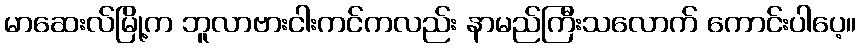
မာဆေးလ်မြို့က ဘူလာဗားငါးကင်ကလည်း နာမည်ကြီးသလောက် ကောင်းပါပေ့။